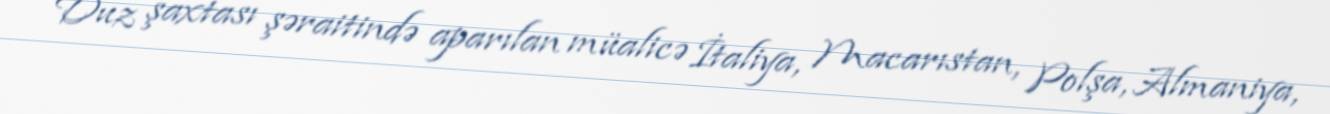
Duz şaxtası şəraitində aparılan müalicə İtaliya, Macarıstan, Polşa, Almaniya,